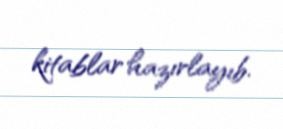
kitablar hazırlayıb.